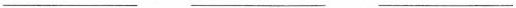
___ ___ ___